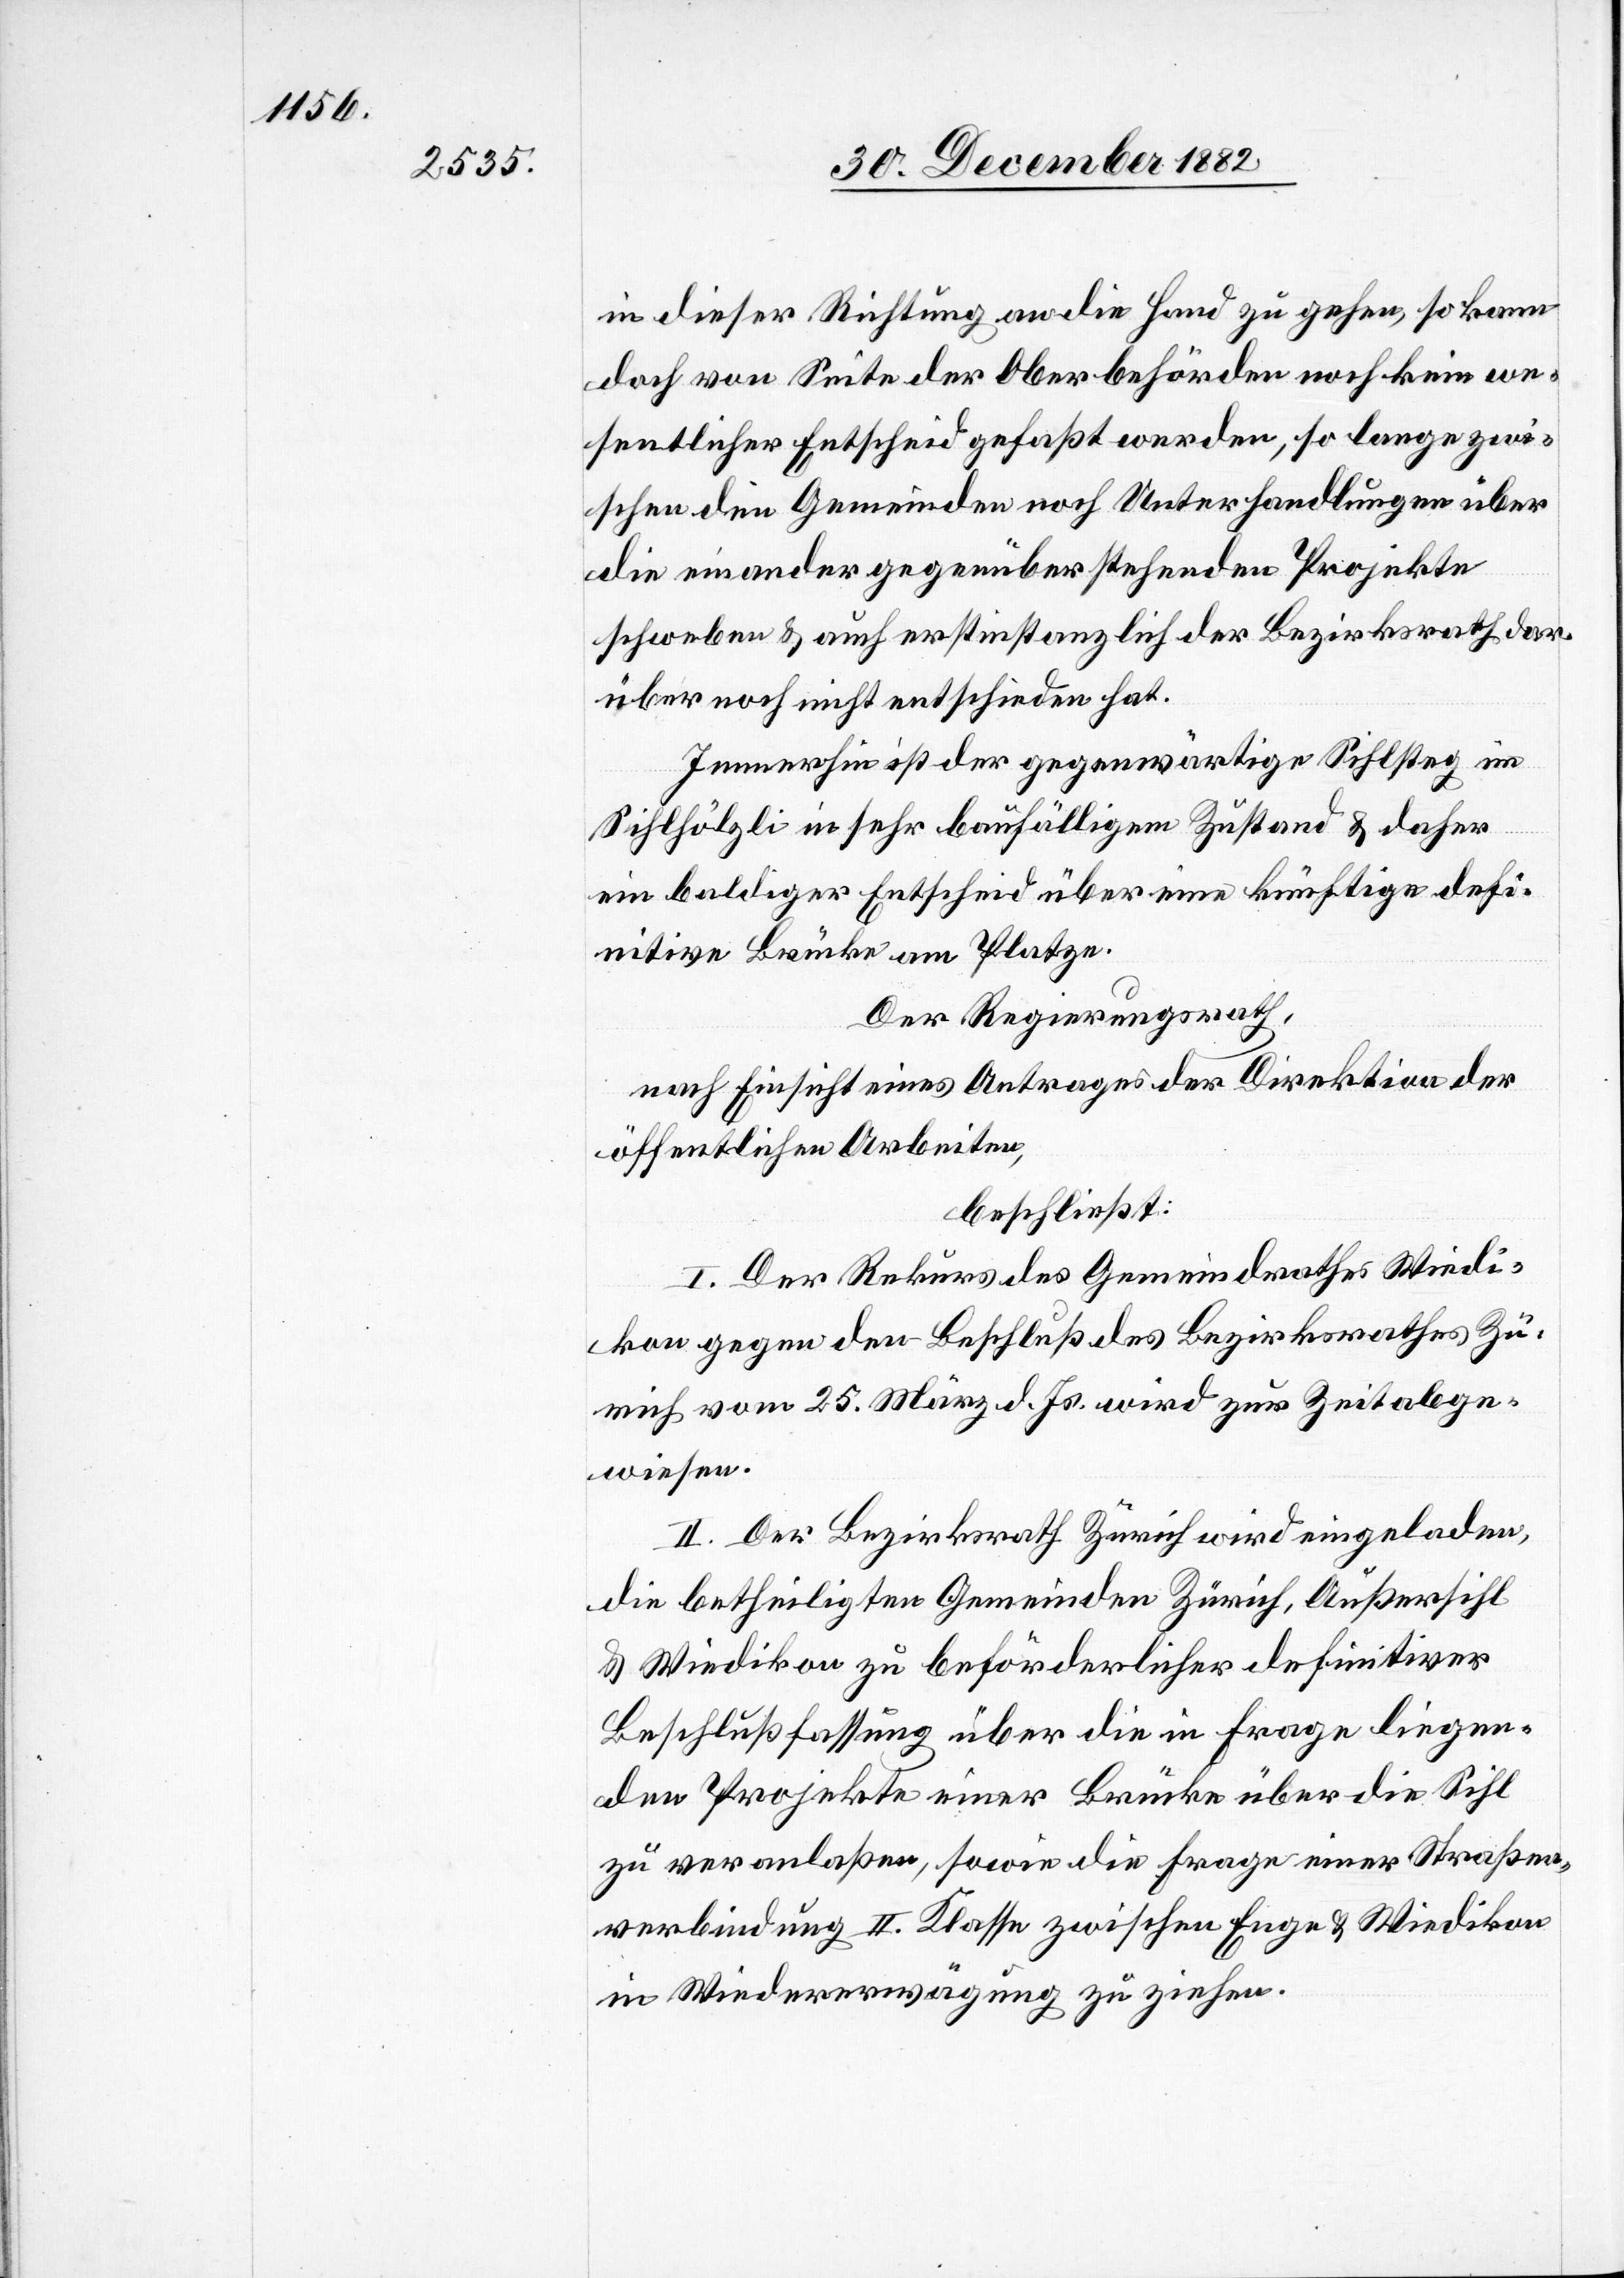
in dieser Richtung an die Hand zu gehen, so kann
doch von Seite der Oberbehörden noch kein we¬
sentlicher Entscheid gefaßt werden, so lagen zwi¬
schen den Gemeinden noch Unterhandlungen über
die einander gegenüberstehenden Projekte
schweben & auch erstinstanzlich der Bezirksrath dar¬
über noch nicht entschieden hat.
Immerhin ist der gegenwärtige Sihlsteg im
Sihlhölzli in sehr baufälligem Zustand & daher
ein baldiger Entscheid über eine künftige defi¬
nitive Brücke am Platze.
Der Regierungsrath,
nach Einsicht eines Antrages der Direktion der
öffentlichen Arbeiten,
beschließt:
I. Der Rekurs des Gemeindrathes Wiedi¬
kon gegen den Beschluß des Bezirksrathes Zü¬
rich vom 25. März d. Js. wird zur Zeit abge¬
wiesen.
II. Der Bezirksrath Zürich wird eingeladen,
die betheiligten Gemeinden Zürich, Außersihl
& Wiedikon zu beförderlicher definitiver
Beschlußfassung über die in Frage liegen¬
den Projekte einer Brücke über die Sihl
zu veranlaßen, sowie die Frage einer Straßen¬
verbindung II. Klasse zwischen Enge & Wiedikon
in Wiedererwägung zu ziehen.